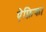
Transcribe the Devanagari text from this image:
ऐफ़्रिका